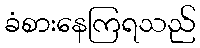
ခံစားနေကြရသည်